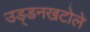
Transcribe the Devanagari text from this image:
उड़्डनखटोले